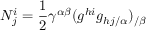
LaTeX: N _ { j } ^ { i } = { \frac { 1 } { 2 } } \gamma ^ { \alpha \beta } ( g ^ { h i } g _ { h j / \alpha } ) _ { / \beta }